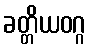
ခတ္တိယဝဂ္ဂ